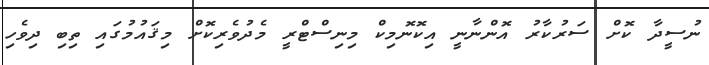
ނުސީދާ ކޮށް ސަރުކާރު އޮންނާނީ އިކޮނޮމިކް މިނިސްޓްރީ މެދުވެރިކޮށް މިޤައުމުގައި ތިބި ދިވެހި